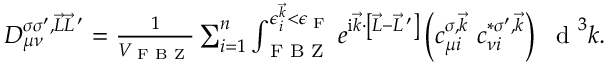
\begin{array} { r } { D _ { \mu \nu } ^ { \sigma \sigma ^ { \prime } , \vec { L } \vec { L } \, ^ { \prime } } = \frac { 1 } { V _ { \textrm { F B Z } } } \sum _ { i = 1 } ^ { n } \int _ { \textrm { F B Z } } ^ { \epsilon _ { i } ^ { \vec { k } } < \epsilon _ { \textrm { F } } } e ^ { \mathrm { i } \vec { k } \cdot \left[ \vec { L } - \vec { L } \, ^ { \prime } \right] } \left( c _ { \mu i } ^ { \sigma , \vec { k } } ~ c _ { \nu i } ^ { * \sigma ^ { \prime } , \vec { k } } \right) ~ \textrm { d } ^ { 3 } k . \quad } \end{array}